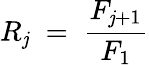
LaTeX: R_{\mathit{j}}\; =\; \frac{{F_{\mathit{j}+1}}}{{F_{1}}}